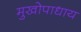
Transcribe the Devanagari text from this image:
मुखोपाधाय